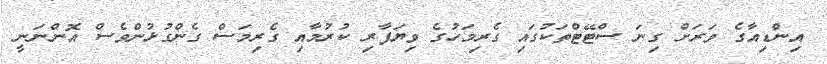
އިންޑިއާގެ ވަރަށް ގިނަ ސްޓޭޓްތަކުގައި ގެރިމަހުގެ ވިޔަފާރި ކުރުމާއި ގެރިމަސް ގެންގުޅުންވެސް އޮންނަނީ